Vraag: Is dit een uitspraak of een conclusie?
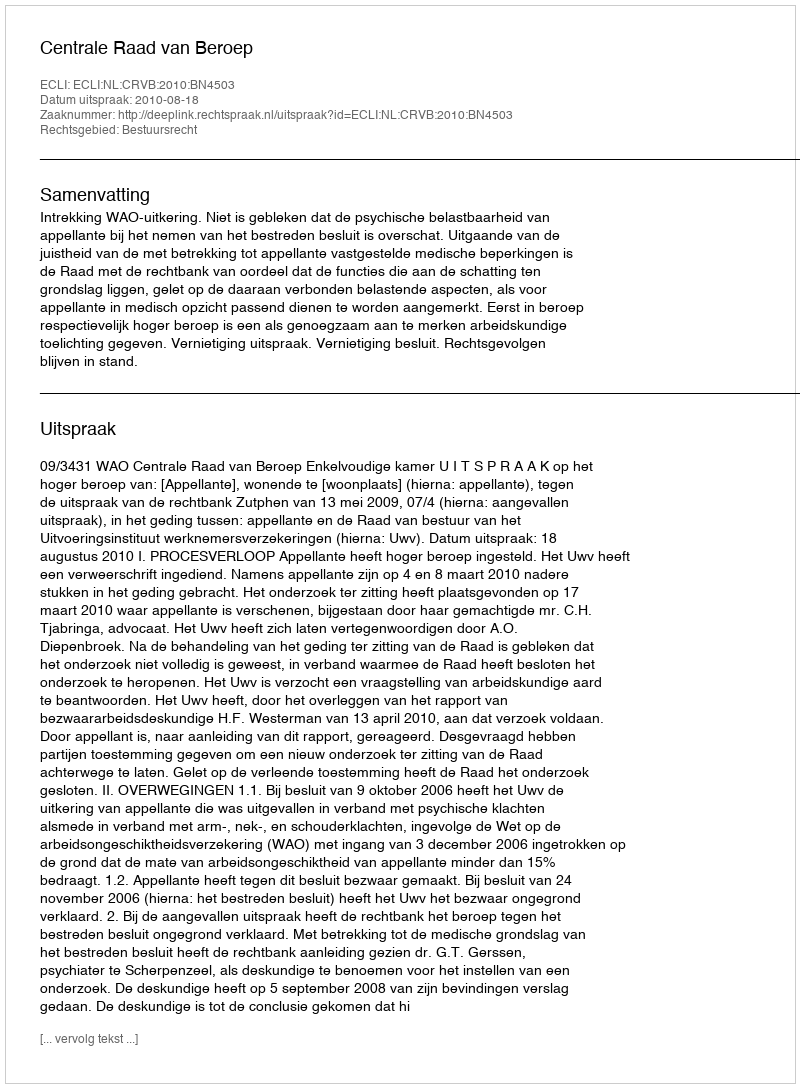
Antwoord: Uitspraak